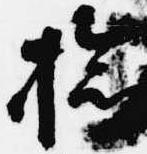
検